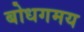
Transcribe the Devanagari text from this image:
बोधगमय